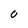
Character: O